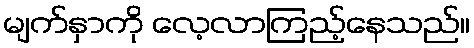
မျက်နှာကို လေ့လာကြည့်နေသည်။